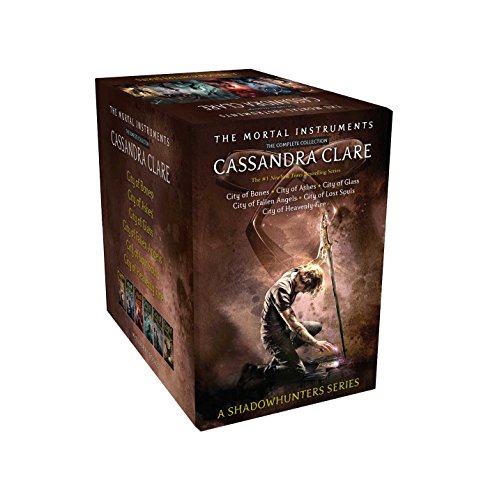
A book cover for The Mortal Instruments, the Complete Collection: City of Bones; City of Ashes; City of Glass; City of Fallen Angels; City of Lost Souls; City of Heavenly Fire; Cassandra Clare; Teen & Young Adult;